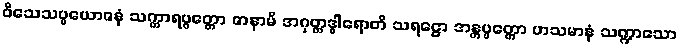
ဝိသေသပ္ပယောဇနံ သက္ကာရပ္ပတ္တော ဇာနာမိ အဂုတ္တဒွါရောတိ သရဋ္ဌော အန္တပ္ပတ္တော ဟသမာနံ သဏ္ဍာသော